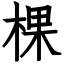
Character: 棵